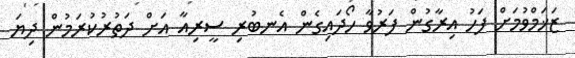
ޒަޚަމްވުމަށް ފަހު އިރާގުން ފަރުވާ ހޯދައިގެން އެނބުރި ސީރިއާ އަށް ދަތުރުކުރަމުން ދިޔަ